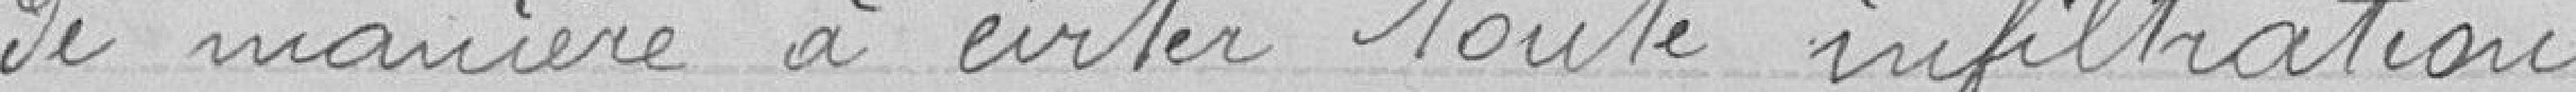
de manière à éviter toute infiltration.